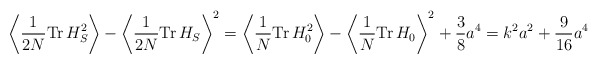
\begin{align*}\left\langle \frac{1}{2N} \mbox{Tr} \, H_S^2 \right\rangle -\left\langle \frac{1}{2N} \mbox{Tr} \, H_S \right\rangle^{2} =\left\langle \frac{1}{N} \mbox{Tr} \, H_0^2 \right\rangle -\left\langle \frac{1}{N} \mbox{Tr} \, H_0 \right\rangle^{2} +\frac{3}{8} a^4 = k^2 a^2 + \frac{9}{16} a^4\end{align*}